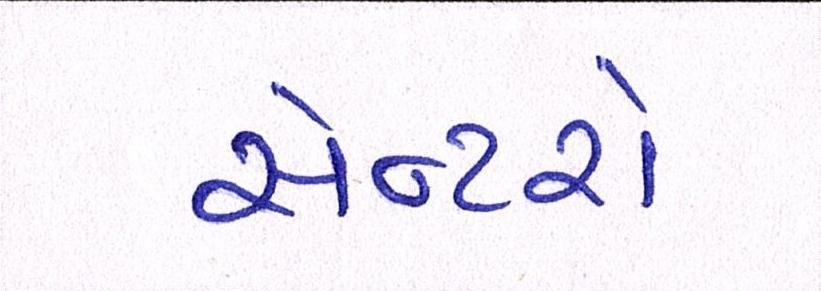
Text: સેન્ટરો